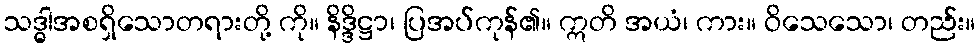
သဒ္ဓါအစရှိသောတရားတို့ ကို။ နိဒ္ဒိဋ္ဌာ၊ ပြအပ်ကုန်၏။ ဣတိ အယံ၊ ကား။ ဝိသေသော၊ တည်း။